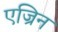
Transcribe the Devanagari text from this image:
एज्रिन